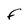
Character: F